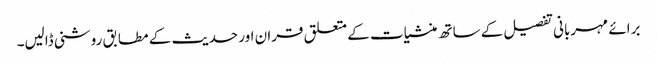
برائے مہربانی تفصیل کے ساتھ منشیات کے متعلق قران اور حدیث کے مطابق روشنی ڈالیں۔